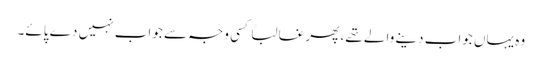
وہ یہاں جواب دینے والے تھے، پھر غالباً کسی وجہ سے جواب نہیں دے پائے۔